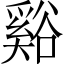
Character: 谿